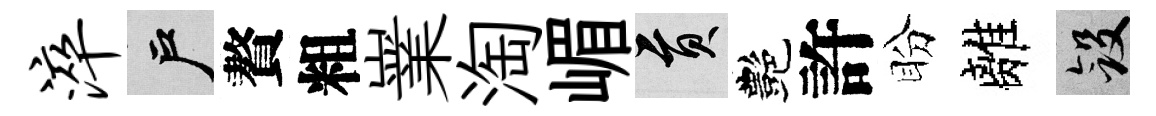
淬户贅粗嶪淘嵋貢艷許盼離斂